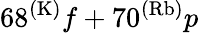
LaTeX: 68^{(\mathrm{K)}}f+70^{(\mathrm{Rb)}}p